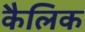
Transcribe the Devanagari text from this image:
कैलिक